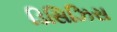
ડિસિઝિસ